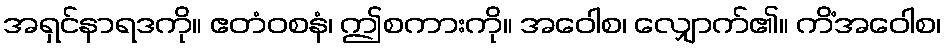
အရှင်နာရဒကို။ ဧတံဝစနံ၊ ဤစကားကို။ အဝေါစ၊ လျှောက်၏။ ကိံအဝေါစ၊